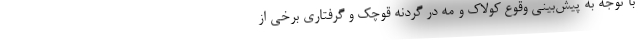
با توجه به پیش‌بینی وقوع کولاک و مه در گردنه قوچک و گرفتاری برخی از